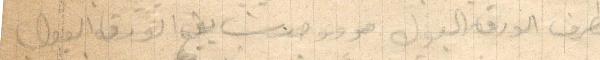
بظرف الورقة البول هو وجدت يقع الورق البول